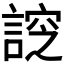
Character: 𧩰